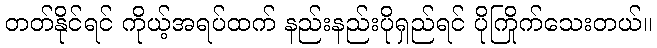
တတ်နိုင်ရင် ကိုယ့်အရပ်ထက် နည်းနည်းပိုရှည်ရင် ပိုကြိုက်သေးတယ်။